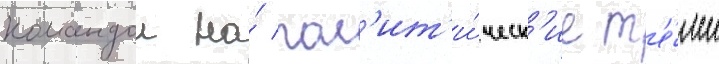
командои на́ пол'ит'и́ческ'ие т'е́мы